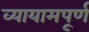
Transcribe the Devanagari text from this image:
व्यायामपूर्ण